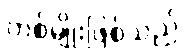
တစ်မျိုးဖြစ်သည်